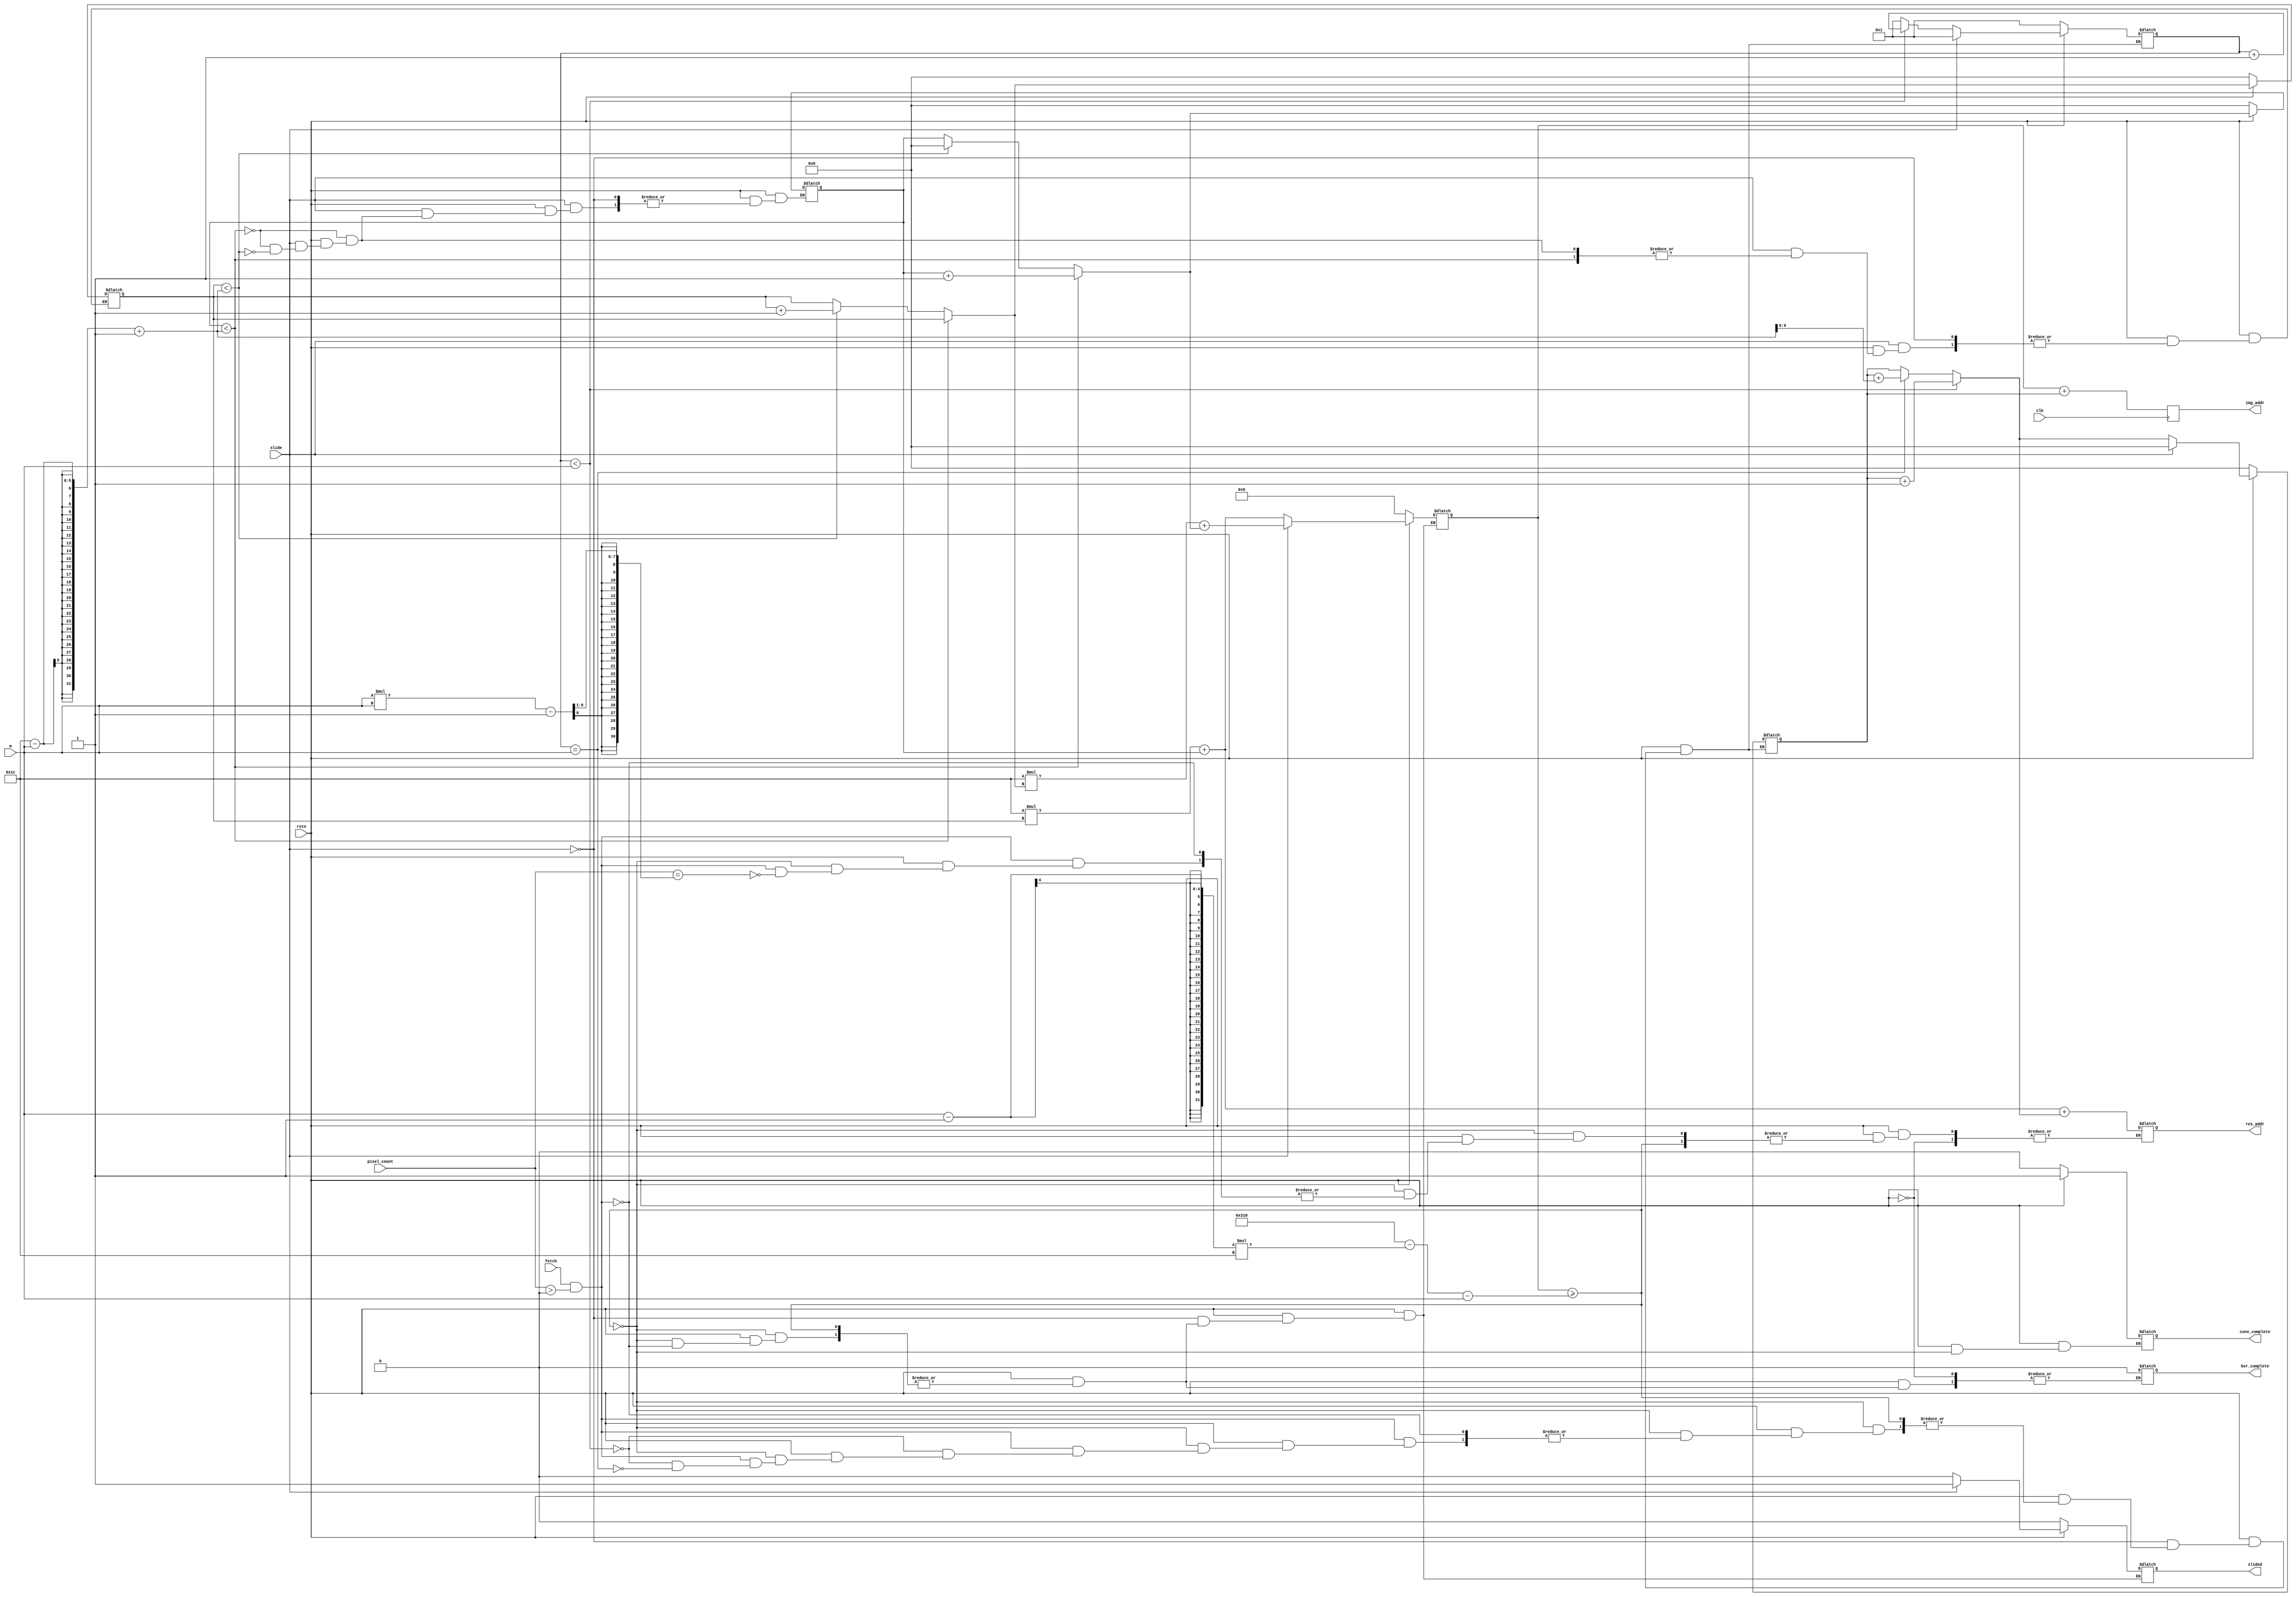
`timescale 1ns / 1ps

module IAG_conv #(parameter w=28, h=28)(
    input clk,rstn,fetch,slide,
    input [3:0] m,
    input [9:0]pixel_count,
    output reg [15:0]img_addr,
    output reg [15:0]res_addr,
    output reg ker_complete,conv_complete,slided
    );

    reg [15:0]base_addr;
    reg [9:0]offset;
    reg [9:0]col_offset, row_offset;
    reg [9:0]col_addr;
    
    always @(negedge clk)
    begin
        img_addr = base_addr+offset;
    end
    
    always @(*)
    begin
        if(!rstn)
         begin
            slided = 0;
            base_addr =0;
            offset=0;
            col_offset=0;
            row_offset=0;
            col_addr=1;
            conv_complete=0;
          end
        
        else
        begin
        if(base_addr>=(w*h)-((m-1)*w)-m)
            conv_complete = 1;
        
        else if(fetch && pixel_count>0)
            begin
            slided = 0;
            base_addr = (w*row_offset)+col_offset;
            ker_complete=0;
            
            if(col_addr<m)
                 begin
                   offset = offset+1;
                   col_addr=col_addr+1; 
                 end
            else if(col_addr==(m))
                 begin
                    offset = offset+(w-m+1);
                    col_addr=1; 
                 end
                     
            if(pixel_count==(((m*m)-1)>>1))res_addr=base_addr+offset;
            end

        if(slide)
        begin
            col_addr=1;
            offset=0;
            base_addr = (w*row_offset)+col_offset;
            if(col_offset<w-m+1)
            col_offset = col_offset+1;
            else if(row_offset<h-m+1)
            begin
            col_offset = 0;
            row_offset = row_offset+1;
            end
            base_addr = (w*row_offset)+col_offset;
            slided = 1;
        end
        end
    end
endmodule